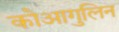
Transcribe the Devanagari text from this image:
कोआगुलिन